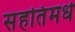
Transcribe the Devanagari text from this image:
संहतिंमधे